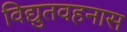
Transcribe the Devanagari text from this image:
विद्युतवहनास